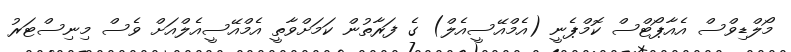
މޯލްޑިވްސް އެއާޕޯޓްސް ކޮމްޕެނީ (އެމްއޭސީއެލް) ގެ ފަރާތުން ކަމަށްވާތީ އެމްއޭސީއެލްއަށް ވެސް މިނިސްޓަރު